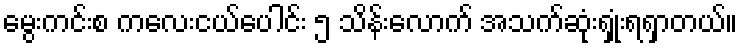
မွေးကင်းစ ကလေးငယ်ပေါင်း ၅ သိန်းလောက် အသက်ဆုံးရှုံးရရှာတယ်။